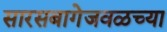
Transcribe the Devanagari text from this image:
सारसबागेजवळच्या